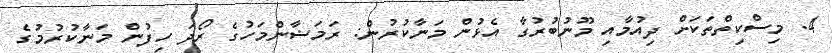
4. މިސްކިތްތަކަށް ދިއުމާއި މޫނުބުރުގާ އެޅުން މަނާކުރުން: ރަމަޟާންމަހުގެ ރޯދަ ހިފުން މަނާކުރުމުގެ